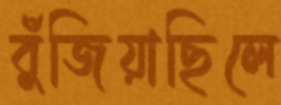
বুঁজিয়াছিলে